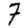
Digit: 7